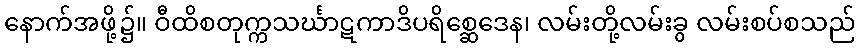
နောက်အဖို့၌။ ဝီထိစတုက္ကသင်္ဃာဋကာဒိပရိစ္ဆေဒေန၊ လမ်းတို့လမ်းခွ လမ်းစပ်စသည်